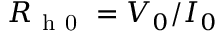
R _ { \mathrm { ~ h ~ 0 ~ } } = V _ { 0 } / I _ { 0 }